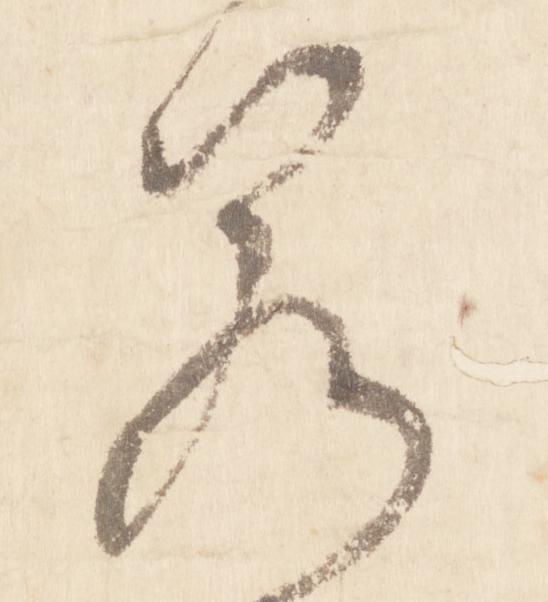
若